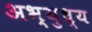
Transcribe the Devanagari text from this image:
अभ्युध्य